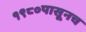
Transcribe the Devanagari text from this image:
१९८०पासूनच